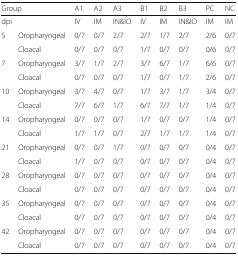
<table><thead><tr><td colspan="2"><b>Group</b></td><td><b>A1</b></td><td><b>A2</b></td><td><b>A3</b></td><td><b>B1</b></td><td><b>B2</b></td><td><b>B3</b></td><td><b>PC</b></td><td><b>NC</b></td></tr></thead><tbody><tr><td colspan="2">dpi</td><td>IV</td><td>IM</td><td>IN&amp;IO</td><td>IV</td><td>IM</td><td>IN&amp;IO</td><td>IM</td><td>IM</td></tr><tr><td>5</td><td>Oropharyngeal</td><td>0/7</td><td>0/7</td><td>2/7</td><td>2/7</td><td>1/7</td><td>2/7</td><td>2/6</td><td>0/7</td></tr><tr><td></td><td>Cloacal</td><td>0/7</td><td>0/7</td><td>0/7</td><td>1/7</td><td>0/7</td><td>0/7</td><td>0/6</td><td>0/7</td></tr><tr><td>7</td><td>Oropharyngeal</td><td>3/7</td><td>1/7</td><td>2/7</td><td>3/7</td><td>6/7</td><td>1/7</td><td>6/6</td><td>0/7</td></tr><tr><td></td><td>Cloacal</td><td>0/7</td><td>0/7</td><td>0/7</td><td>1/7</td><td>0/7</td><td>1/7</td><td>2/6</td><td>0/7</td></tr><tr><td>10</td><td>Oropharyngeal</td><td>3/7</td><td>4/7</td><td>0/7</td><td>1/7</td><td>3/7</td><td>1/7</td><td>3/4</td><td>0/7</td></tr><tr><td></td><td>Cloacal</td><td>7/7</td><td>6/7</td><td>1/7</td><td>6/7</td><td>7/7</td><td>1/7</td><td>1/4</td><td>0/7</td></tr><tr><td>14</td><td>Oropharyngeal</td><td>0/7</td><td>0/7</td><td>0/7</td><td>1/7</td><td>0/7</td><td>0/7</td><td>1/4</td><td>0/7</td></tr><tr><td></td><td>Cloacal</td><td>1/7</td><td>1/7</td><td>0/7</td><td>2/7</td><td>1/7</td><td>1/7</td><td>1/4</td><td>0/7</td></tr><tr><td>21</td><td>Oropharyngeal</td><td>0/7</td><td>0/7</td><td>1/7</td><td>0/7</td><td>0/7</td><td>0/7</td><td>0/4</td><td>0/7</td></tr><tr><td></td><td>Cloacal</td><td>1/7</td><td>0/7</td><td>0/7</td><td>0/7</td><td>0/7</td><td>0/7</td><td>0/4</td><td>0/7</td></tr><tr><td>28</td><td>Oropharyngeal</td><td>0/7</td><td>0/7</td><td>0/7</td><td>0/7</td><td>0/7</td><td>0/7</td><td>0/4</td><td>0/7</td></tr><tr><td></td><td>Cloacal</td><td>0/7</td><td>0/7</td><td>0/7</td><td>0/7</td><td>0/7</td><td>0/7</td><td>0/4</td><td>0/7</td></tr><tr><td>35</td><td>Oropharyngeal</td><td>0/7</td><td>0/7</td><td>0/7</td><td>0/7</td><td>0/7</td><td>0/7</td><td>0/4</td><td>0/7</td></tr><tr><td></td><td>Cloacal</td><td>0/7</td><td>0/7</td><td>0/7</td><td>0/7</td><td>0/7</td><td>0/7</td><td>0/4</td><td>0/7</td></tr><tr><td>42</td><td>Oropharyngeal</td><td>0/7</td><td>0/7</td><td>0/7</td><td>0/7</td><td>0/7</td><td>0/7</td><td>0/4</td><td>0/7</td></tr><tr><td></td><td>Cloacal</td><td>0/7</td><td>0/7</td><td>0/7</td><td>0/7</td><td>0/7</td><td>0/7</td><td>0/4</td><td>0/7</td></tr></tbody></table>